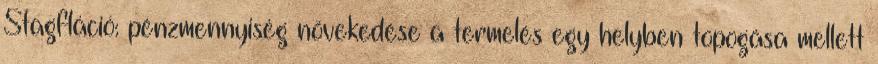
Stagfláció: pénzmennyiség növekedése a termelés egy helyben topogása mellett